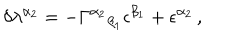
\delta \lambda ^ { \alpha _ { 2 } } = - \Gamma ^ { \alpha _ { 2 } } { } _ { \beta _ { 1 } } \epsilon ^ { \beta _ { 1 } } + \epsilon ^ { \alpha _ { 2 } } \, ,